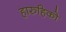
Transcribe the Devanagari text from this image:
हारुहिको